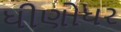
ધીણોધર